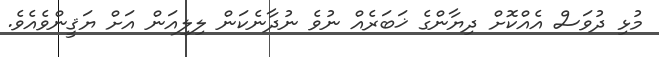
މުޅި ދުވަސް އެއްކޮށް ދިޔާންގެ ޚަބަރެއް ނުވެ ނުދާނެކަން ލިލިއަން އަށް ޔަޤީންވެއެވެ.